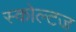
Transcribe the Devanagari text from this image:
स्कोल्टज